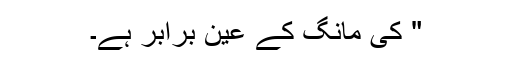
" کی مانگ کے عین برابر ہے۔